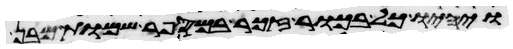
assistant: ויהיו כל בכור זכר במספר שמות מבן